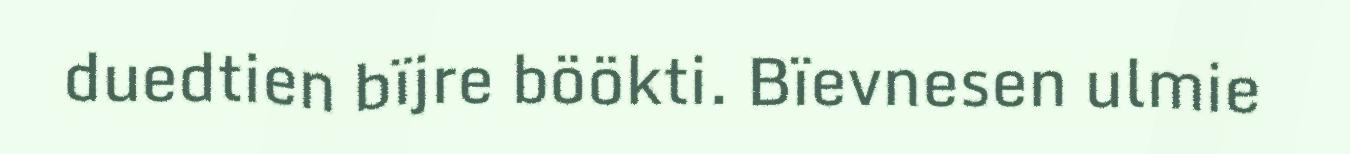
duedtien bïjre böökti. Bïevnesen ulmie